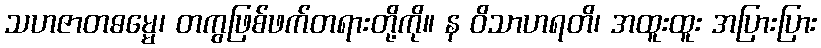
သဟဇာတဓမ္မေ၊ တကွဖြစ်ဖက်တရားတို့ကို။ န ဝိသာဟရတိ၊ အထူးထူး အပြားပြား